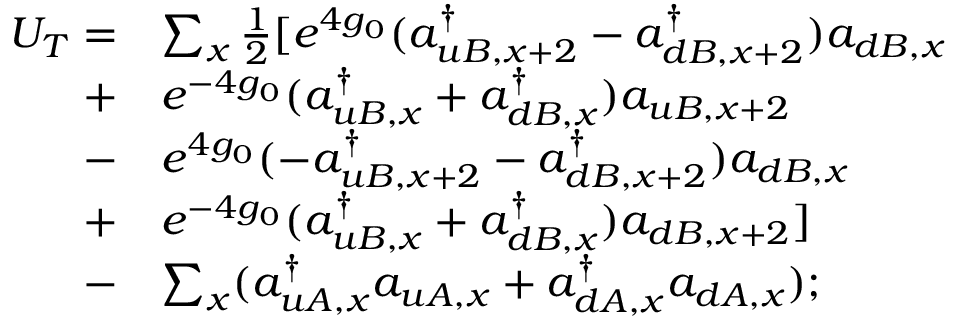
\begin{array} { r l } { U _ { T } = } & { \sum _ { x } \frac { 1 } { 2 } [ e ^ { 4 g _ { 0 } } ( a _ { u B , x + 2 } ^ { \dagger } - a _ { d B , x + 2 } ^ { \dagger } ) a _ { d B , x } } \\ { + } & { e ^ { - 4 g _ { 0 } } ( a _ { u B , x } ^ { \dagger } + a _ { d B , x } ^ { \dagger } ) a _ { u B , x + 2 } } \\ { - } & { e ^ { 4 g _ { 0 } } ( - a _ { u B , x + 2 } ^ { \dagger } - a _ { d B , x + 2 } ^ { \dagger } ) a _ { d B , x } } \\ { + } & { e ^ { - 4 g _ { 0 } } ( a _ { u B , x } ^ { \dagger } + a _ { d B , x } ^ { \dagger } ) a _ { d B , x + 2 } ] } \\ { - } & { \sum _ { x } ( a _ { u A , x } ^ { \dagger } a _ { u A , x } + a _ { d A , x } ^ { \dagger } a _ { d A , x } ) ; } \end{array}